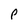
Character: P